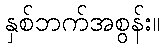
နှစ်ဘက်အစွန်း။